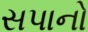
સપાનો